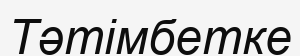
Тәтімбетке